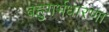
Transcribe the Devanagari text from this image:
बहुगर्भधारणा